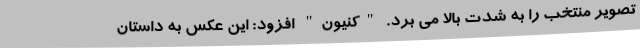
تصویر منتخب را به شدت بالا می برد. "کنیون" افزود: این عکس به داستان